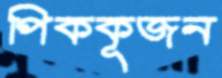
পিককূজন